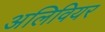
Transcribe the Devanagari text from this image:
अलिवियर